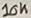
Text: 10K